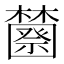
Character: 𰙆